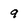
Character: 9